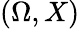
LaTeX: (\Omega,X)